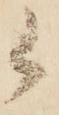
候